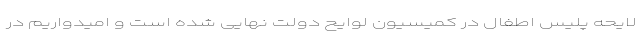
لایحه پلیس اطفال در کمیسیون لوایح دولت نهایی شده است و امیدواریم در